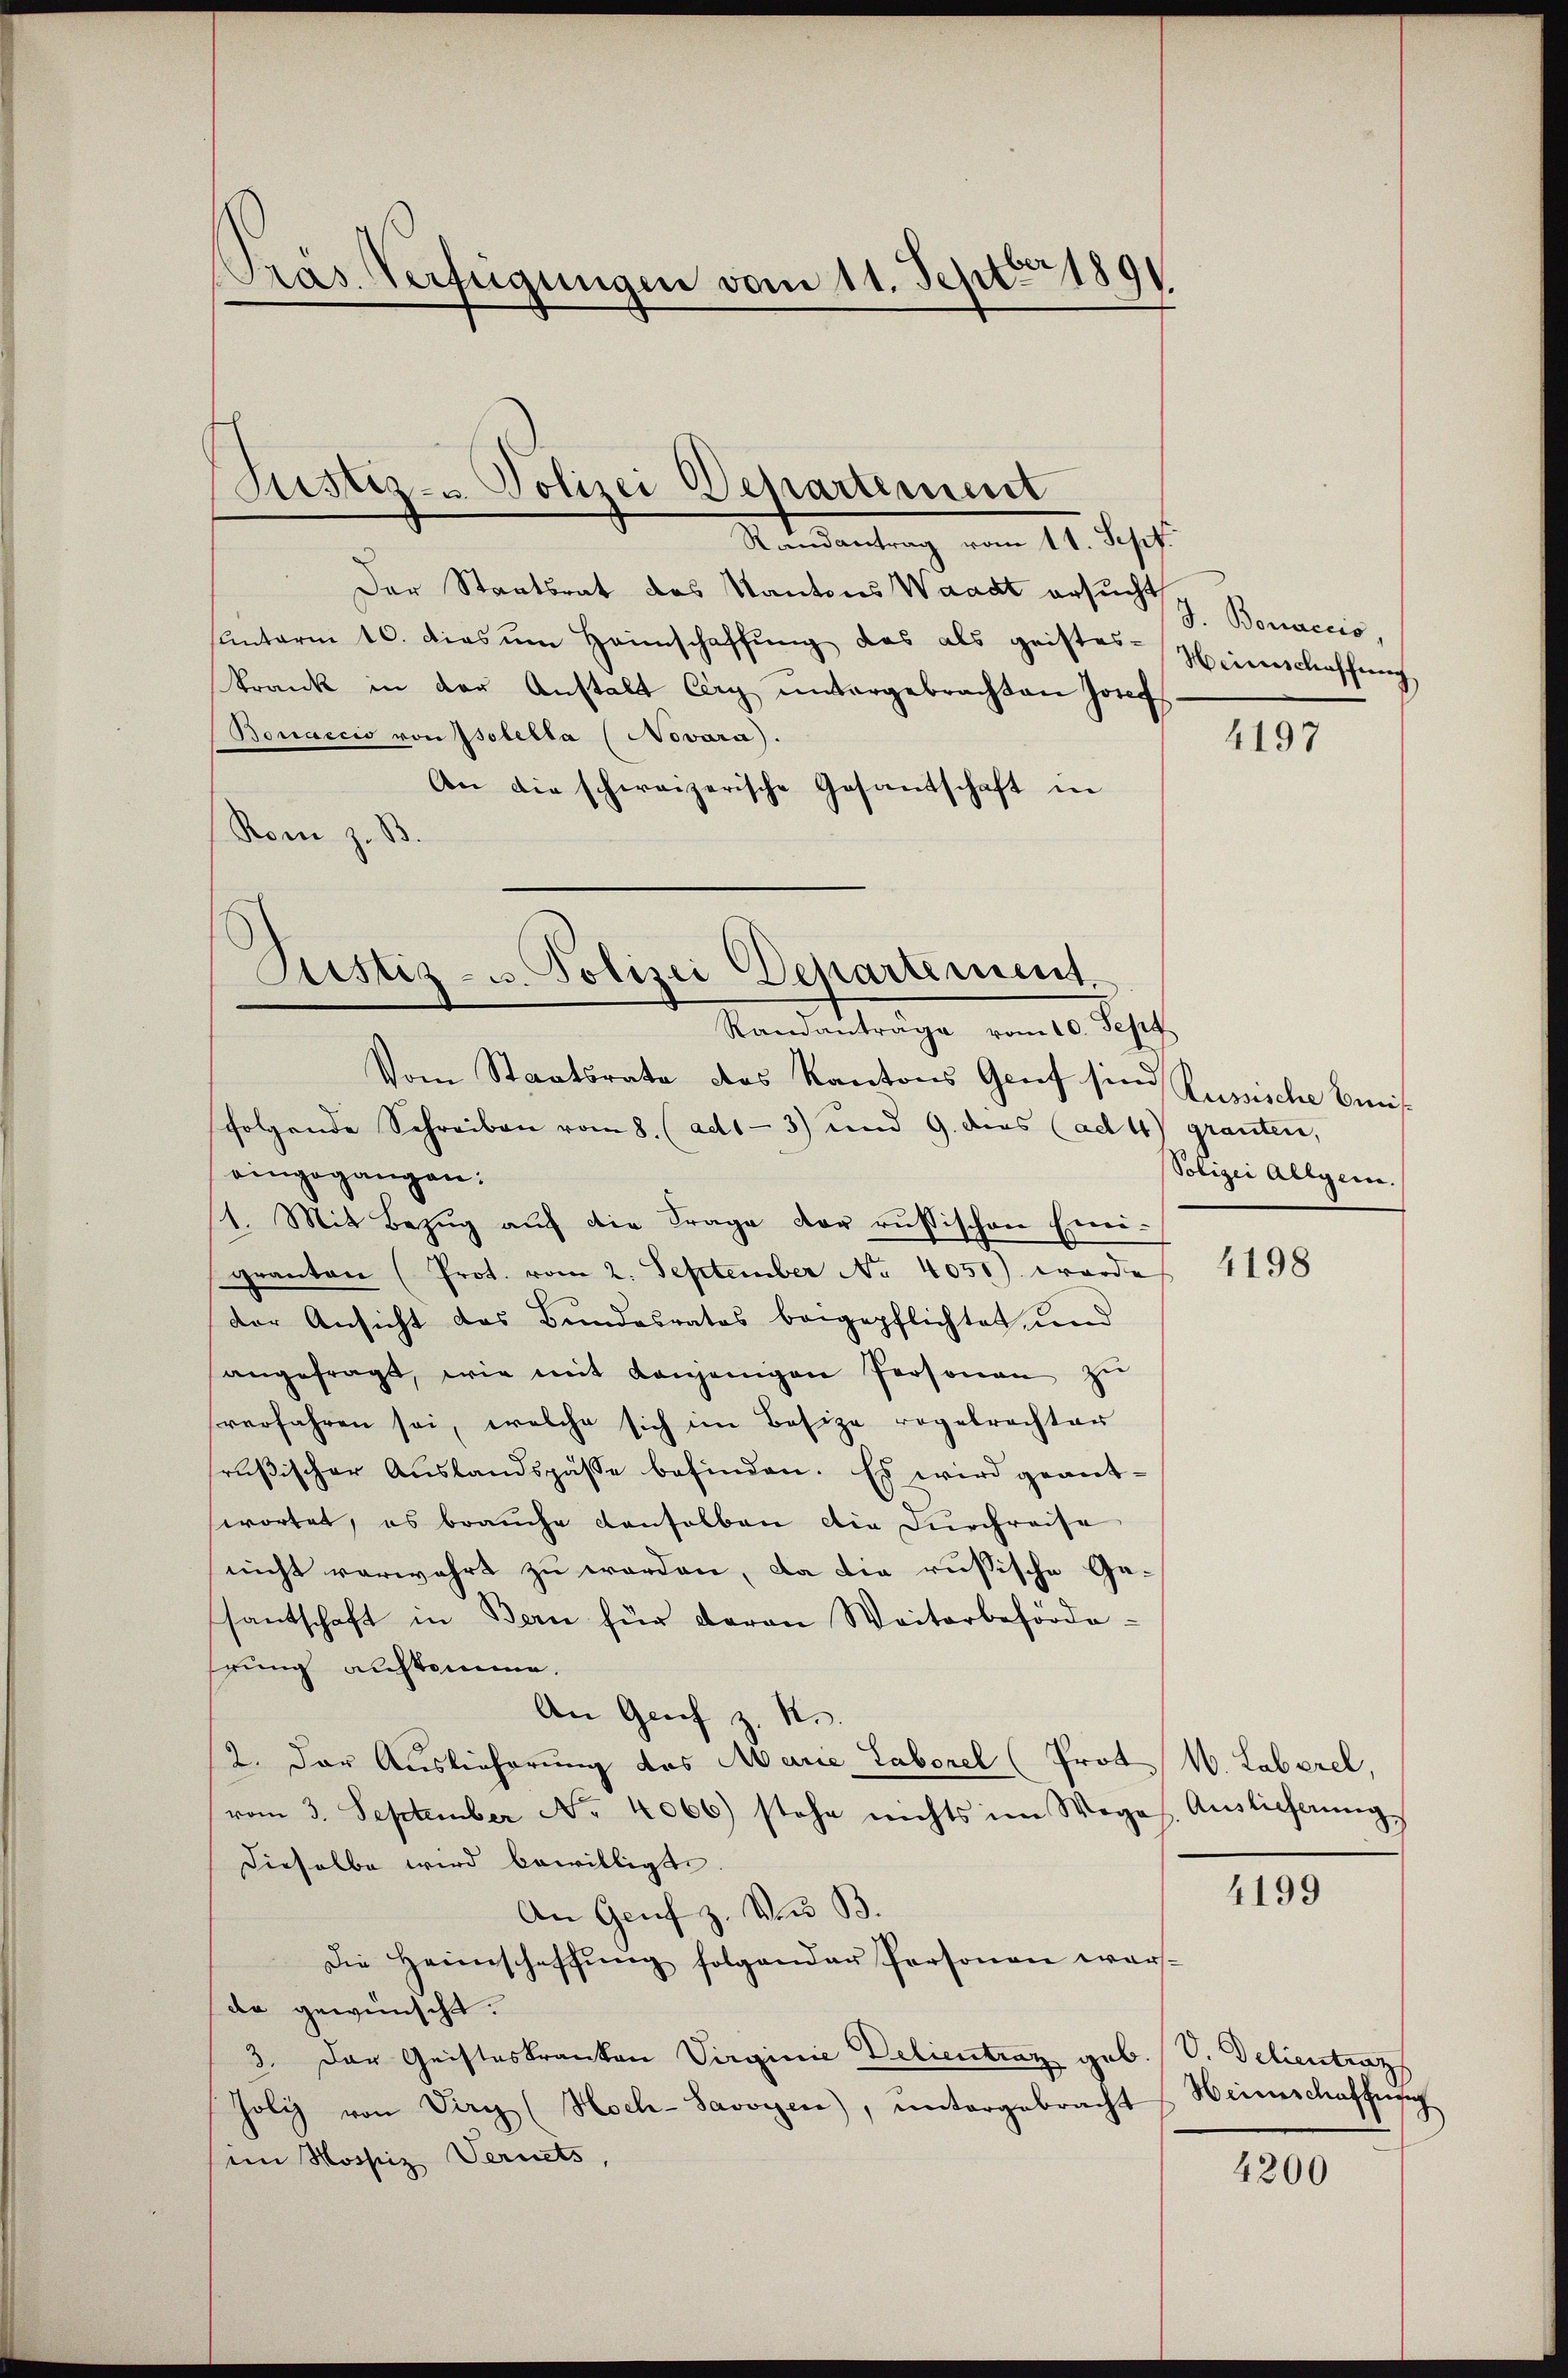
Präs. Verfügungen vom 11. Septer 1891

Justiz- u. Polizei Departement

Randantrag vom 11. Sept.
Der Staatsrat des Kantons Waadt ersucht Bonaccio,
unterm 10. dies ŭm Heimschaffŭng das als geistes Heinschaffung
krank in der Anstalt Cery untergebrachten Josef
Bouaccio von Isolella (Novara).
An die schweizerische Gesandschaft in
Rom z. B

Justiz- u. Polizei Departement.
Randanträge vom 10. Sept

Vom Staatsrate des Kantons Genf sind Russische Bunsfolgende Schreiben vom 8. (ad1- 3) und 9. ders (ad 4) granten,
eingegangen:
1. Mit Bezug auf die Frage der russischen Emi-
geanten (Prot. vom 2. September No 4050) worde
der Ansicht das Bundesrates beigepflichtet und
angefragt, wie mit Konjenigen Personen zŭ
verfahren sei, welche sich im Besize regelrechter
rußischer Auslandspasse befinden. Es wird geantwortet, es brauche denselben die Durchreise
nicht verwahrt zu worden, da die russische Ge-
santschaft in Bern für daran Weiterbefördehrung aufkomme.
An Greif z. No.
2. Der Auslieferung des Marie Laborel (Prot. W. Laborel,
vom 3. September No. 4066) stehe nichts im Wege. Auslieferŭng
dieselbe wird bewilligte.
An Genf z. des B.
Die Heimschaffŭng folgenden Personen war-
de gewünscht.
3. Der Geisteskranken Virginie Delientraz geb. V. Delientrag
Joli von Diry (Hoch-Savoyen), ŭntergebracht Heimschaffung
im Mossz Vernets,

4197

Polizei Allgem.

4198

4199

4200